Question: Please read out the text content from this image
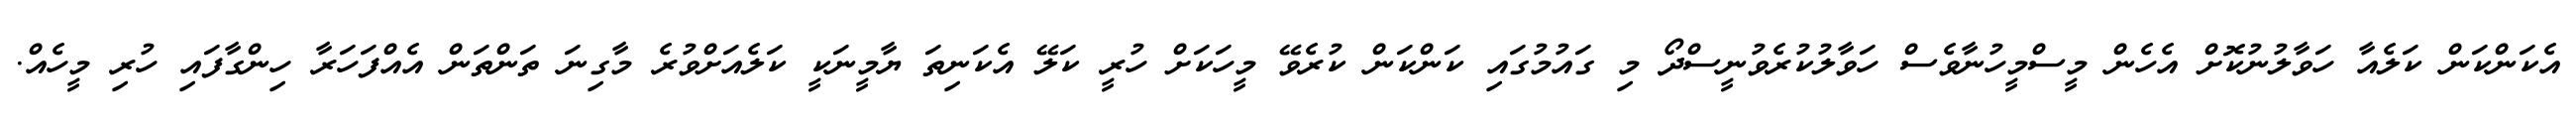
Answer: އެކަންކަން ކަލެއާ ހަވާލުނުކޮށް އެހެން މީސްމީހުނާވެސް ހަވާލުކުރެވުނީސްދޯ މި ގައުމުގައި ކަންކަން ކުރެވޭ މީހަކަށް ހުރީ ކަލޭ އެކަނިތަ ޔާމީނަކީ ކަލެއަށްވުރެ މާގިނަ ތަންތަން އެއްފަހަރާ ހިންގާފައި ހުރި މީހެއް.